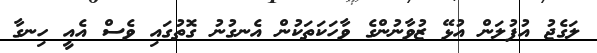
ލަގެޖު އުފުލަން އުޅޭ ޒުވާނުންގެ ވާހަކަތަކުން އެނގުނު ގޮތުގައި ވެސް އެއީ ހިނގާ